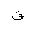
Letter: _qaf